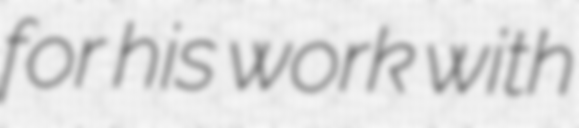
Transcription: for his work with